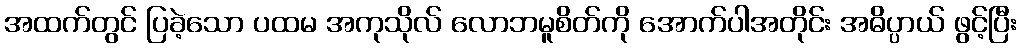
အထက်တွင် ပြခဲ့သော ပထမ အကုသိုလ် လောဘမူစိတ်ကို အောက်ပါအတိုင်း အဓိပ္ပာယ် ဖွင့်ပြီး